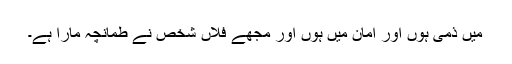
میں ذمی ہوں اور امان میں ہوں اور مجھے فلاں شخص نے طمانچہ مارا ہے۔